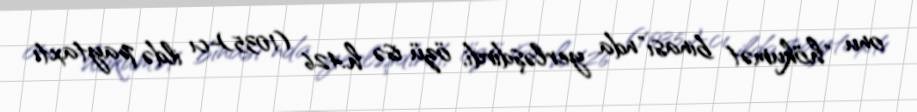
onu "hökumət binası"nda yerləşdirdi, özü isə h.426 (1035)-cı ildə paytaxtı